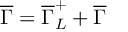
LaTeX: \overline { { { \Gamma } } } = \overline { { { \Gamma } } } _ { L } ^ { + } + \overline { { { \Gamma } } }